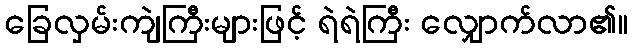
ခြေလှမ်းကျဲကြီးများဖြင့် ရဲရဲကြီး လျှောက်လာ၏။